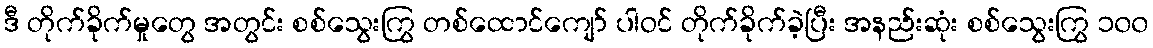
ဒီ တိုက်ခိုက်မှုတွေ အတွင်း စစ်သွေးကြွ တစ်ထောင်ကျော် ပါဝင် တိုက်ခိုက်ခဲ့ပြီး အနည်းဆုံး စစ်သွေးကြွ ၁၀၀